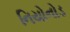
નિયોનોડ